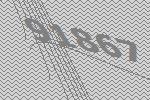
91867